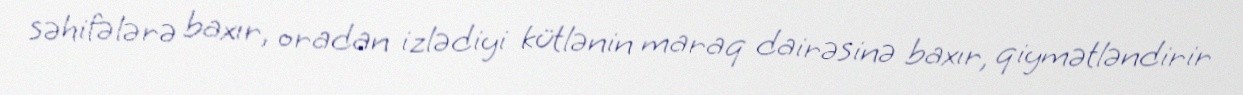
səhifələrə baxır, oradan izlədiyi kütlənin maraq dairəsinə baxır, qiymətləndirir